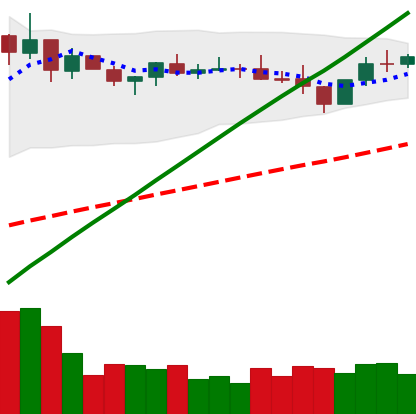
Ticker: BNB-USD
Chart end date: 2021-03-29
Forward return: 17.412%
Label: up_7plus